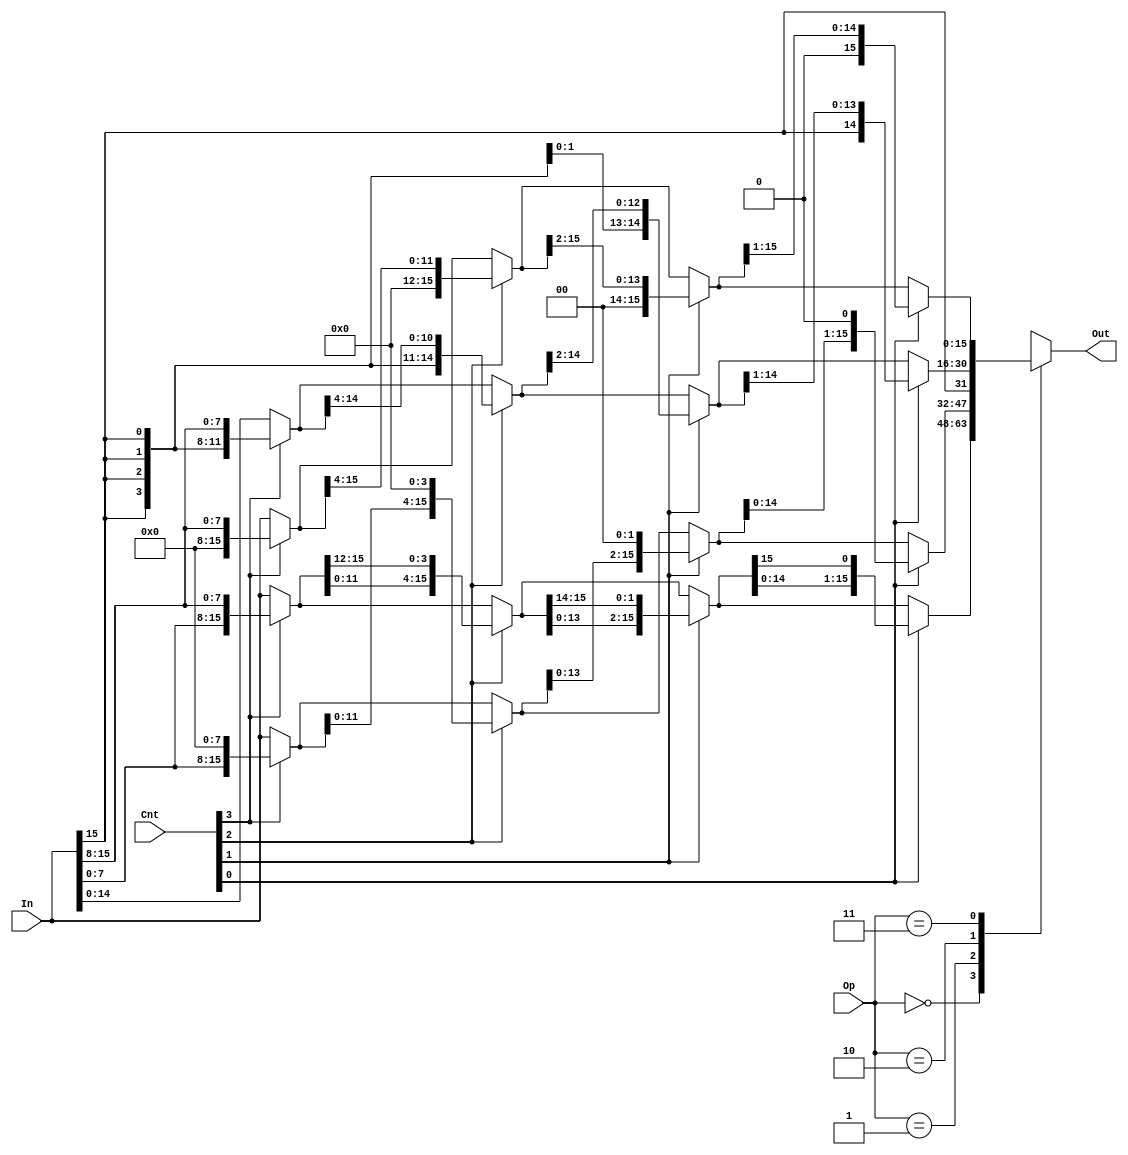
module shifter (In, Cnt, Op, Out);
   
   input [15:0] In;
   input [3:0]  Cnt;
   input [1:0]  Op;
   output [15:0] Out;
	reg [15:0]value;
	
always @ (*) begin
	case(Op)
		2'b00:begin
			value =Cnt[3]?{In[7:0],In[15:8]}:In;
			value =Cnt[2]?{value[11:0],value[15:12]}:value;
			value =Cnt[1]?{value[13:0],value[15:14]}:value;
			value =Cnt[0]?{value[14:0],value[15]}:value;
		end
		2'b01:begin
			value =Cnt[3]?{In[7:0],8'b00000000}:In;
			value =Cnt[2]?{value[11:0],4'b0000}:value;
			value =Cnt[1]?{value[13:0],2'b00}:value;
			value =Cnt[0]?{value[14:0],1'b0}:value;
		end
		2'b10:begin
			value =Cnt[3]?{{8{In[15]}},In[15:8]}:In;
			value =Cnt[2]?{{4{value[15]}},value[15:4]}:value;
			value =Cnt[1]?{{2{value[15]}},value[15:2]}:value;
			value =Cnt[0]?{{1{value[15]}},value[15:1]}:value;
		end
		2'b11:begin
			value =Cnt[3]?{8'b00000000,In[15:8]}:In;
			value =Cnt[2]?{4'b0000,value[15:4]}:value;
			value =Cnt[1]?{2'b00,value[15:2]}:value;
			value =Cnt[0]?{1'b0,value[15:1]}:value;
		end
		default: begin
	        	$display("Error");
	        end
	endcase
end

assign Out=value;
endmodule